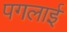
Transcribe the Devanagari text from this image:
पगलाई